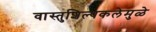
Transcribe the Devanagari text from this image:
वास्तुशिल्पकलेमुळे